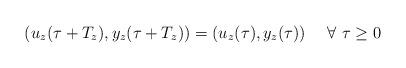
LaTeX: \begin{align*}(u_z(\tau + T_z),y_z(\tau + T_z)) = (u_z(\tau ),y_z(\tau )) \ \ \ \ \forall \ \tau \geq 0\end{align*}